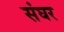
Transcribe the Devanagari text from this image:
संघर